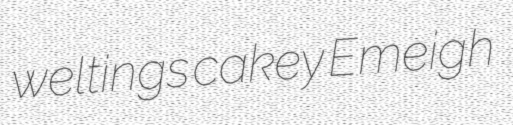
weltings cakey Emeigh